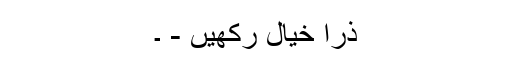
ذرا خیال رکھیں - ۔